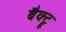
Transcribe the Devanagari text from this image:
बैक्ट्रू